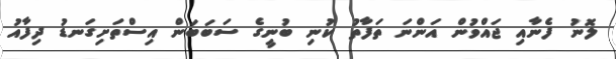
ލޮނު ފެނާއި ޖައްވުން އަންނަ ތަފާތު ކުނި ބުނީގެ ސަބަބަން އިސްތަށިގަނޑު ދިފާއު